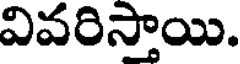
వివరిస్తాయి.